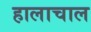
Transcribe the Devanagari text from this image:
हालाचाल